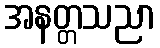
အနတ္တသညာ